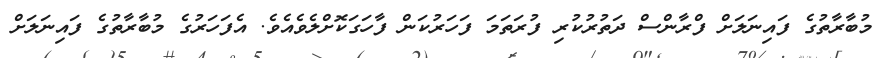
މުބާރާތުގެ ފައިނަލަށް ފްރާންސް ދަތުރުކުރި ފުރަތަމަ ފަހަރުކަން ފާހަގަކޮށްލެވެއެވެ. އެފަހަރުގެ މުބާރާތުގެ ފައިނަލަށް